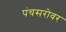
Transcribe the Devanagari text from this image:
पंचसरोवर